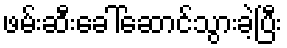
ဖမ်းဆီးခေါ်ဆောင်သွားခဲ့ပြီး